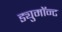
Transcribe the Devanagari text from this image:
ड्युमाॅन्ट